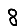
Digit: 8